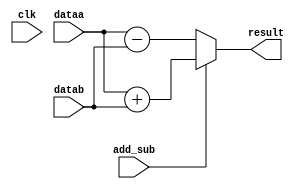
module addsub_2
(
	input [7:0] dataa,
	input [7:0] datab,
	input add_sub,	  
	input clk,
	output reg [7:0] result
);
	always @ (*)
	begin
		if (add_sub)
			result <= dataa + datab;
		else
			result <= dataa - datab;
	end
endmodule